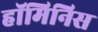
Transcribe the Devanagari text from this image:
हॉमिनिस